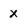
Character: x